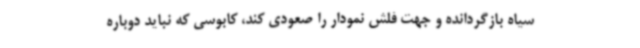
سیاه بازگردانده و جهت فلش نمودار را صعودی کند، کابوسی که نباید دوباره